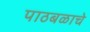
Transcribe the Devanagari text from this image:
पाठबळाचे